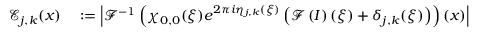
\begin{array} { r l } { \mathcal { E } _ { j , k } ( \boldsymbol { x } ) } & { { } : = \left\vert \mathcal { F } ^ { - 1 } \left( \chi _ { 0 , 0 } ( \boldsymbol { \xi } ) e ^ { 2 \pi i \eta _ { j , k } ( \boldsymbol { \xi } ) } \left( \mathcal { F } \left( I \right) ( \boldsymbol { \xi } ) + \delta _ { j , k } ( \boldsymbol { \xi } ) \right) \right) ( \boldsymbol { x } ) \right\vert } \end{array}